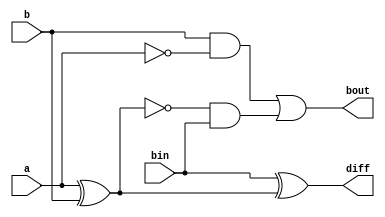
`timescale 1ns / 1ps
//////////////////////////////////////////////////////////////////////////////////
// Company: 
// Engineer: 
// 
// Design Name: 
// Module Name: Full_Sub
// Project Name: 
// Target Devices: 
// Tool Versions: 
// Description: 
// 
// Dependencies: 
// 
// Revision:
// Revision 0.01 - File Created
// Additional Comments:
// 
//////////////////////////////////////////////////////////////////////////////////


module Full_Sub(output diff,bout,input a,b,bin);
wire x,xbar,abar,y1,y2;
xor x1(x,a,b);
xor x2(diff,bin,x);
not n1(abar,a);
not n2(xbar,x);
and a1(y1,b,abar);
and a2(y2,xbar,bin);
or r1(bout,y1,y2);
endmodule